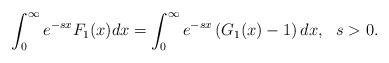
LaTeX: \begin{align*}\int_{0}^{\infty} e^{-s x}F_1(x)dx=\int_{0}^{\infty} e^{-s x}\left(G_1(x)-1\right)dx, \ \ s>0.\end{align*}